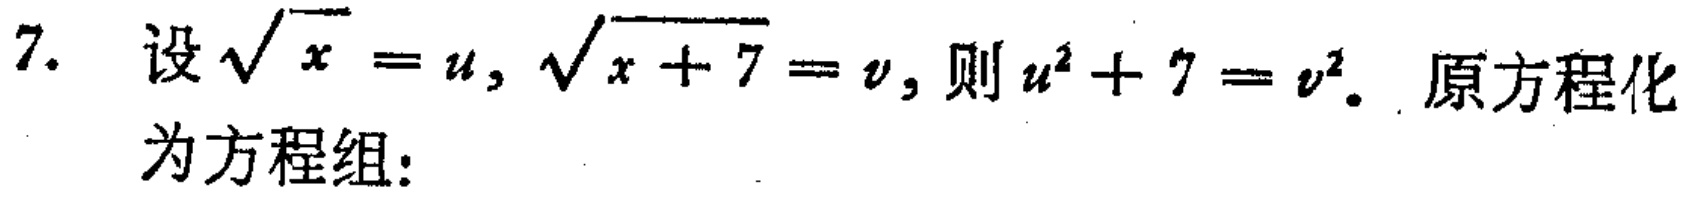
7. 设$\sqrt{x}=u,\sqrt{x + 7}=v$, 则$u^{2}+7 = v^{2}$. 原方程化为方程组: